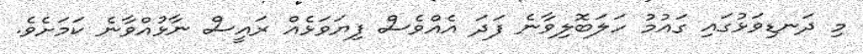
މި ދަނޑިވަޅުގައި ގައުމު ހަލަބޮލިވާނެ ފަދަ އެއްވެސް ފިޔަވަޅެއް ރައީސް ނާޅުއްވާނެ ކަމަށެވެ.